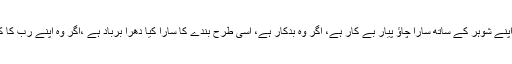
جس طرح ایک عورت کا اپنے شوہر کے ساتھ سارا چاؤ پیار بے کار ہے، اگر وہ بدکار ہے، اُسی طرح بندے کا سارا کیا دھرا برباد ہے ،اگر وہ اپنے رب کا کسی کو شریک ٹھیراتا ہے۔